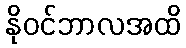
နိုဝင်ဘာလအထိ